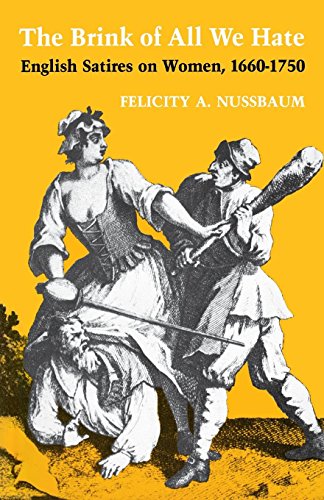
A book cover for The Brink of All We Hate: English Satires on Women, 1660-1750; Felicity Nussbaum; Humor & Entertainment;